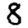
Digit: 8